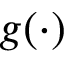
g ( \cdot )